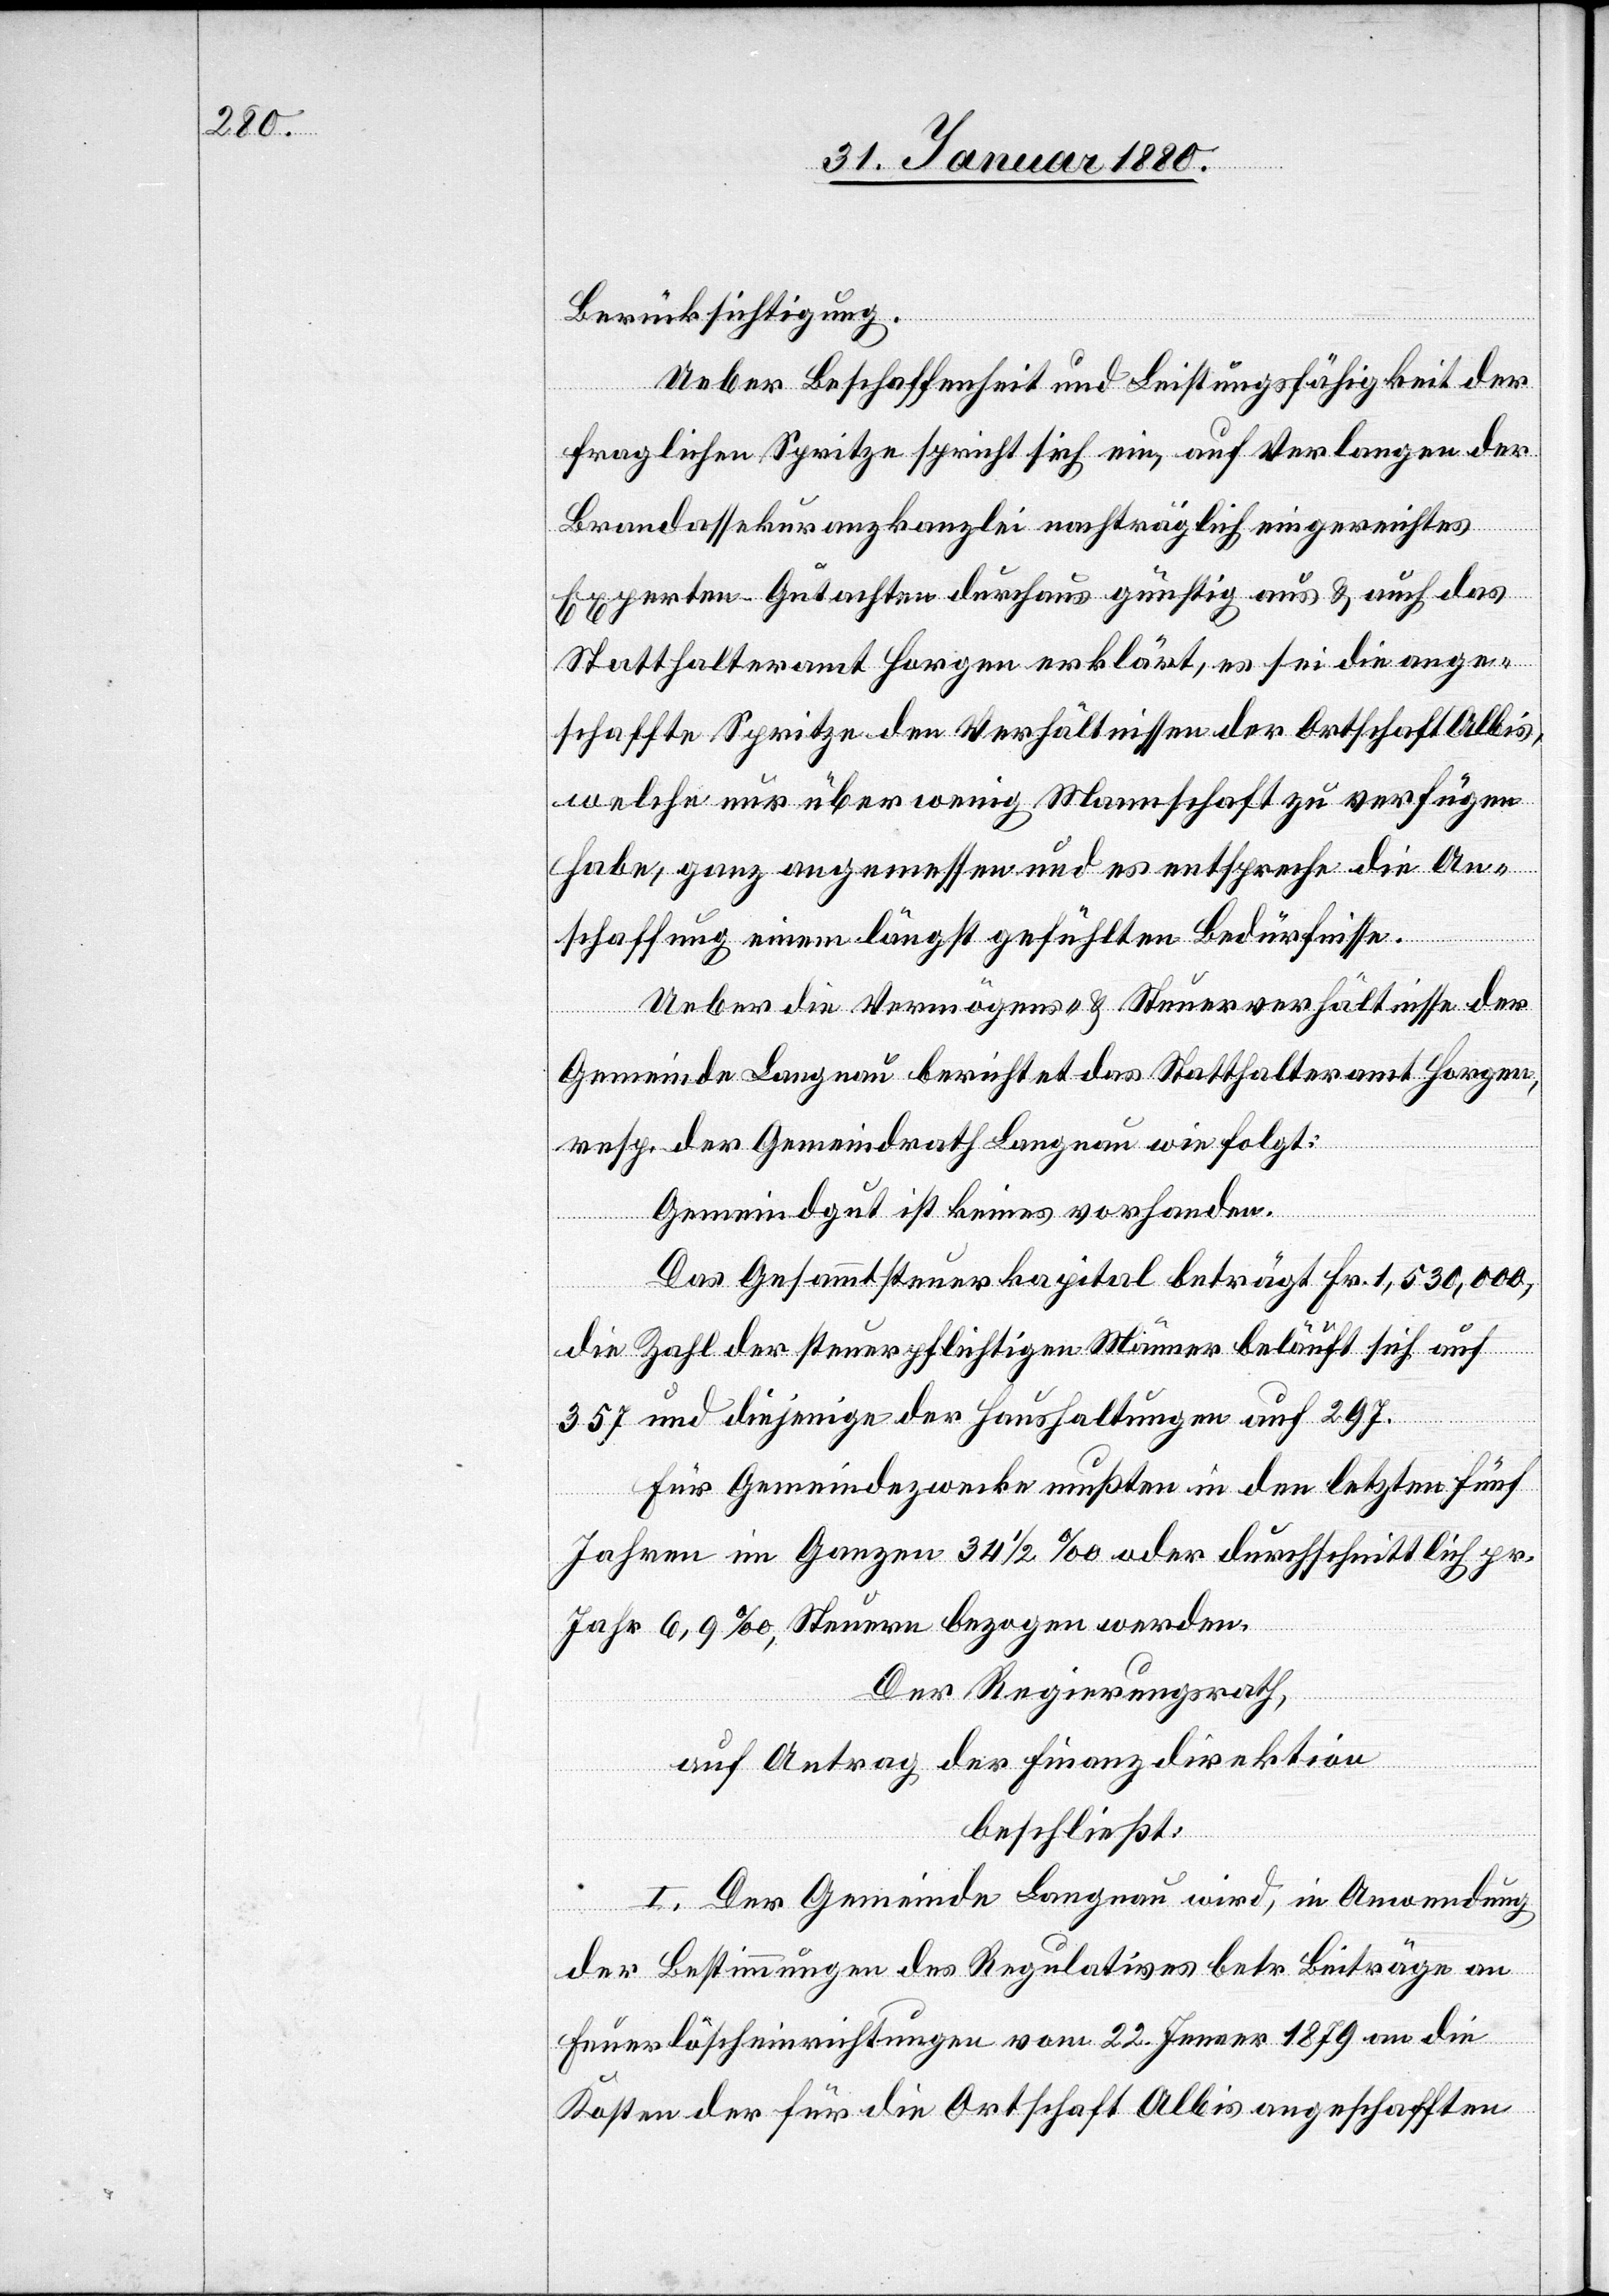
Berücksichtigung.
Ueber Beschaffenheit und Leistungsfähigkeit der
fraglichen Spritze spricht sich ein auf Verlangen der
Brandassekuranzkanzlei nachträglich eingereichtes
Experten-Gutachten durchaus günstig aus & auch das
Statthalteramt Horgen erklärt, es sei die ange¬
schaffte Spritze den Verhältnissen der Ortschaft Albis,
welche nur über wenig Mannschaft zu verfügen
habe, ganz angemessen und es entspreche die An¬
schaffung einem längst gefühlten Bedürfnisse.
Ueber die Vermögens- & Steuerverhältnisse der
Gemeinde Langnau berichtet das Statthalteramt Horgen,
resp. der Gemeindrath Langnau wie folgt:
Gemeindgut ist keines vorhanden.
Das Gesammtsteuerkapital beträgt Fr. 1, 530, 000,
die Zahl der steuerpflichtigen Männer beläuft sich auf
357 und diejenige der Haushaltungen auf 297.
Für Gemeindezwecke mußten in den letzten fünf
Jahren im Ganzen 34 1/2 oder durchschnittlich pr.
Jahr 6,9 ‰ Steuern bezogen werden.
Der Regierungsrath,
auf Antrag der Finanzdirektion,
beschließt:
I. Der Gemeinde Langnau wird, in Anwendung
des Bestimmungen des Regulativs betr. Beiträge an
Feuerlöscheinrichtungen vom 22. Jenner 1879 an die
Kosten der für die Ortschaft Albis angeschafften